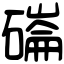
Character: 磮